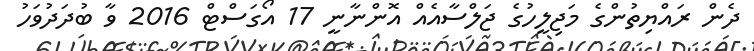
ދެން ރައްޔިތުންގެ މަޖިލީހުގެ ޖަލްސާއެއް އޮންނާނީ 17 އޯގަސްޓް 2016 ވާ ބުދަދުވަހު